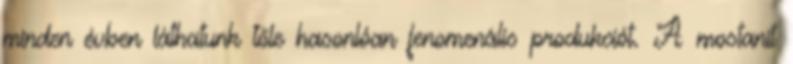
minden évben láthatunk tőle hasonlóan fenomenális produkciót. A mostanit